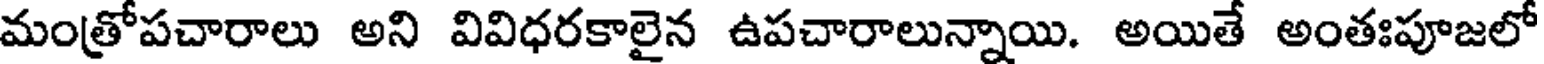
మంత్రోపచారాలు అని వివిధరకాలైన ఉపచారాలున్నాయి. అయితే అంతఃపూజలో